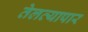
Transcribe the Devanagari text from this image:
तेलव्यापार